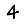
Digit: 4